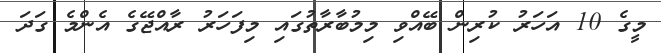
މީގެ 10 އަހަރު ކުރިން ބޭއްވި މިމުބާރާތުގައި މިފަހަރު ރާއްޖޭގެ އެންމެ ގަދަ